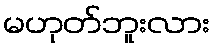
မဟုတ်ဘူးလား